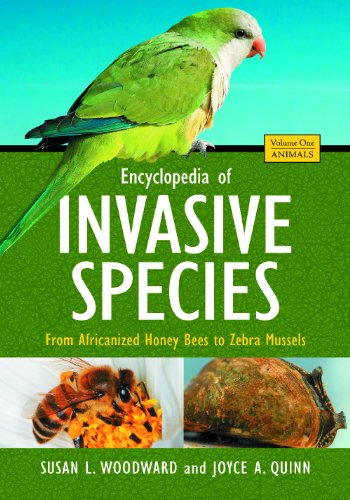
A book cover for Encyclopedia of Invasive Species [2 volumes]: From Africanized Honey Bees to Zebra Mussels; Susan L. Woodward; Science & Math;